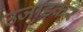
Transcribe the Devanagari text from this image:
उजाड़कर